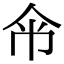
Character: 𢁰